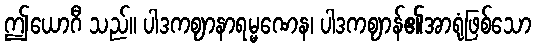
ဤယောဂီ သည်။ ပါဒကဈာနာရမ္မဏေန၊ ပါဒကဈာန်၏အာရုံဖြစ်သော